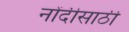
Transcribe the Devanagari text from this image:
नोंदीसाठी